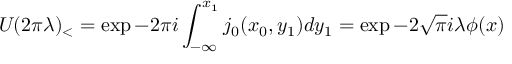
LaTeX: U _ { { } } ( 2 \pi \lambda ) _ { < } = \exp - 2 \pi i \int _ { - \infty } ^ { x _ { 1 } } j _ { 0 } ( x _ { 0 } , y _ { 1 } ) d y _ { 1 } = \exp - 2 \sqrt { \pi } i \lambda \phi ( x )